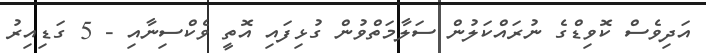
އަދިވެސް ކޮވިޑްގެ ނުރައްކަލުން ސަލާމަތްވުން ގުޅިފައި އޮތީ ވެކްސިނާއި - 5 ގަޑިއިރު